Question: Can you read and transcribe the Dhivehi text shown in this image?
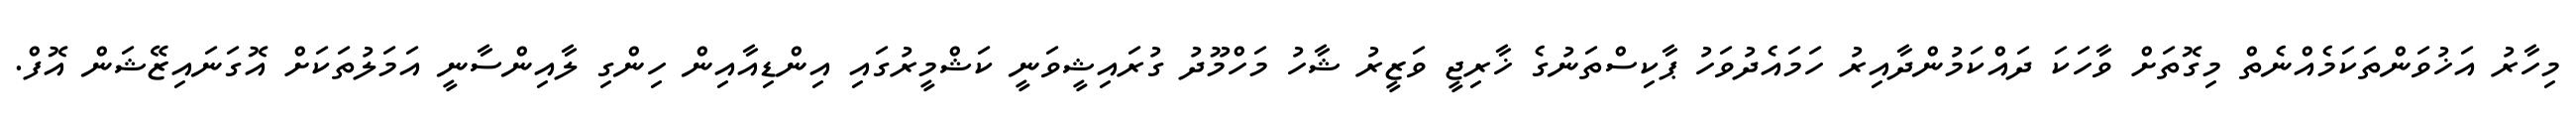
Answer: މިހާރު އަޚުވަންތަކަމެއްނެތް މިގޮތަށް ވާހަކަ ދައްކަމުންދާއިރު ހަމައެދުވަހު ޕާކިސްތަނުގެ ޚާރިޖީ ވަޒީރު ޝާހު މަހްމޫދު ގުރައިޝީވަނީ ކަޝްމީރުގައި އިންޑިއާއިން ހިންގި ލާއިންސާނީ އަމަލުތަކަށް އޮގަނައިޒޭޝަން އޮފް.